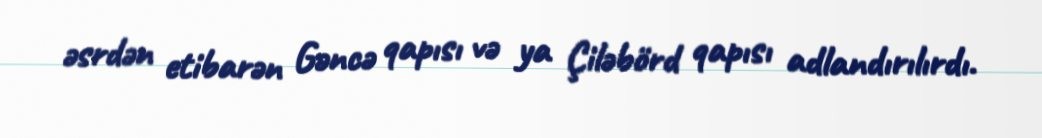
əsrdən etibarən Gəncə qapısı və ya Çiləbörd qapısı adlandırılırdı.